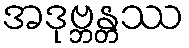
အဒုဗ္ဘန္တဿ